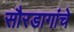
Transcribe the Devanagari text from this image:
सौरडागांचे